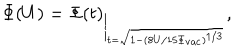
LaTeX: \Phi ( U ) = \Phi ( t ) _ { \Big | _ { t = \sqrt { 1 - ( 8 U / 1 5 \Phi _ { \mathrm { v a c } } ) ^ { 1 / 3 } } } } ,